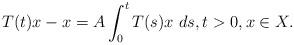
LaTeX: \begin{align*}T(t)x-x=A\int_{0}^{t}T(s)x\ ds,t>0,x\in X.\end{align*}